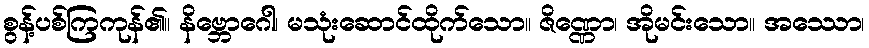
စွန့်ပစ်ကြကုန်၏။ နိဗ္ဘောဂေါ၊ မသုံးဆောင်ထိုက်သော။ ဇိဏ္ဏော၊ အိုမင်းသော။ အဿော၊